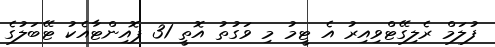
ފުލަމް ރެލިގޭޓްވިއިރު އެ ޓީމު މި ވަގުތު އޮތީ 31 ޕޮއިންޓާއެކު ޓޭބަލުގެ